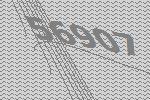
56907